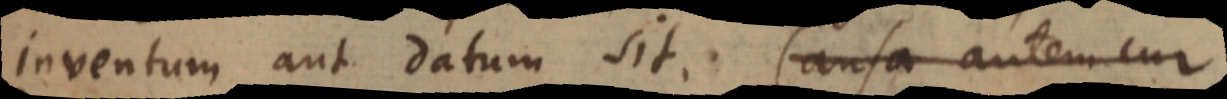
inventum aut datum sit. Causa autem cur